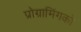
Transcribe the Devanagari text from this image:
प्रोग्रामिंगको